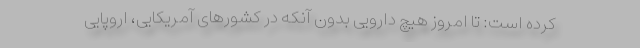
کرده است: تا امروز هیچ دارویی بدون آنکه در کشورهای آمریکایی، اروپایی